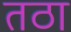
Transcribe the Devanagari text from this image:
तठा